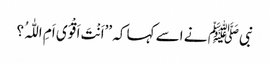
نبیﷺ نے اسے کہا کہ ’’اَنْتَ اَقْوَی اَمِ اللّٰہُ ؟